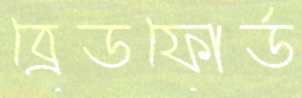
ব্রেডফোর্ড